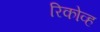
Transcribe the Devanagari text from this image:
रिकोव्ह